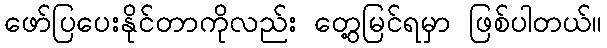
ဖော်ပြပေးနိုင်တာကိုလည်း တွေ့မြင်ရမှာ ဖြစ်ပါတယ်။